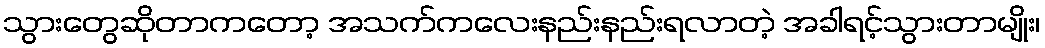
သွားတွေဆိုတာကတော့ အသက်ကလေးနည်းနည်းရလာတဲ့ အခါရင့်သွားတာမျိုး၊